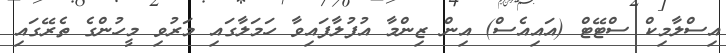
އިސްލާމިކް ސްޓޭޓް (އައިއެސް) އިން ޒިންމާ އުފުލާފައިވާ ހަމަލާގައި މަރުވި މީހުންގެ ތެރޭގައި